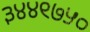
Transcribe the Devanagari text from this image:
३४४९७५०